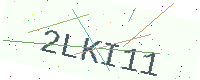
Text: 2LKI11